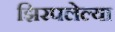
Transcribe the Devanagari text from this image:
झिरपलेल्या